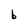
Character: b